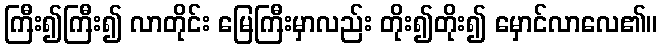
ကြီး၍ကြီး၍ လာတိုင်း မြေကြီးမှာလည်း တိုး၍တိုး၍ မှောင်လာလေ၏။